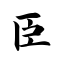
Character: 臣